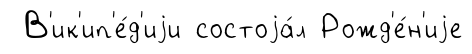
В'ик'ип'е́д'иjи состоjа́л Рожд'е́н'иjе